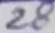
Text: 28